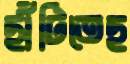
ছাঁটিতেছ